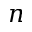
n